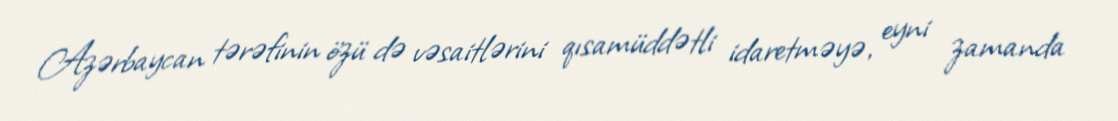
Azərbaycan tərəfinin özü də vəsaitlərini qısamüddətli idaretməyə, eyni zamanda